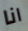
انا